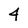
Character: 4